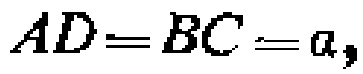
\(AD = BC = a\)